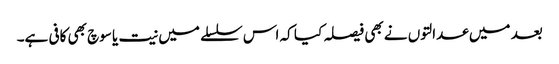
بعد میں عدالتوں نے بھی فیصلہ کیا کہ اس سلسلے میں نیت یا سوچ بھی کافی ہے۔